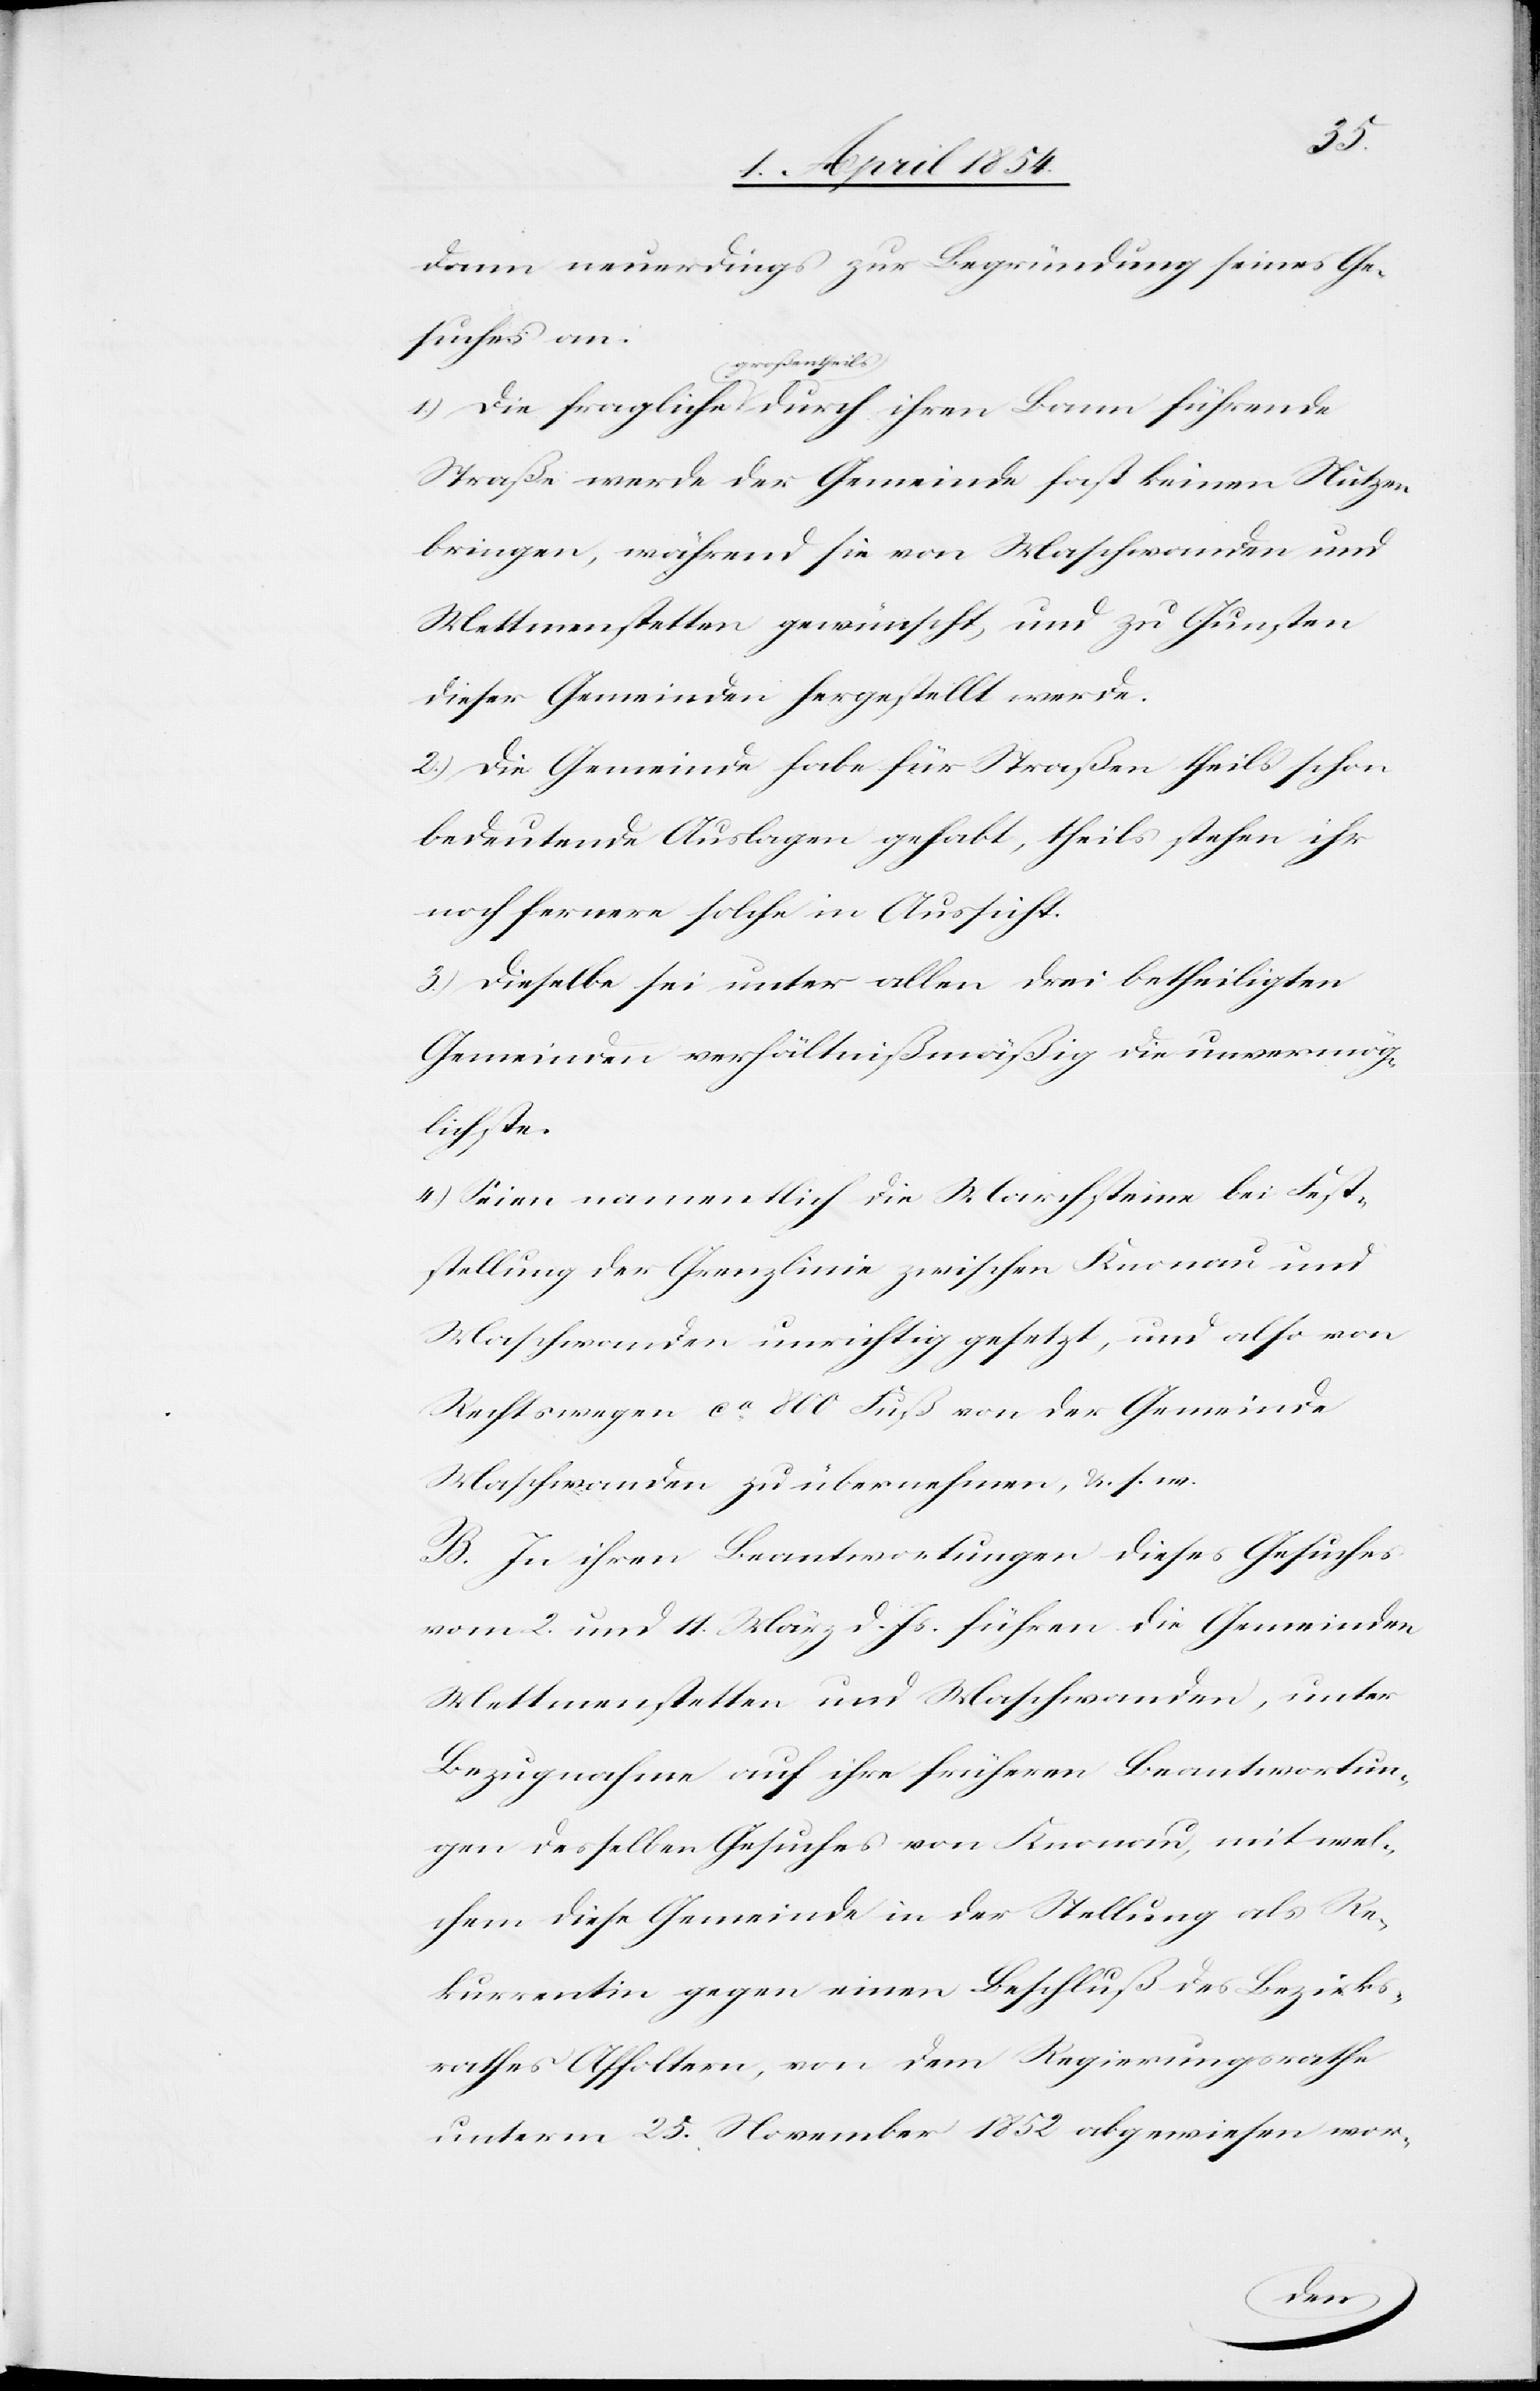
dann neuerdings zur Begründung seines Ge¬
suches an:
a-großentheils-a
Straße werde der Gemeinde fast keinen Nutzen
bringen, während sie von Maschwanden und
Mettmenstetten gewünscht, und zu Gunsten
dieser Gemeinden hergestellt werde.
2.) Die Gemeinde habe für Straßen theils schon
bedeutende Auslagen gehabt, theils stehen ihr
noch fernere solche in Aussicht.
3.) Dieselbe sei unter allen drei betheiligten
Gemeinden verhältnißmäßig die unvermög¬
lichste.
4.) Seien namentlich die Marksteine bei Fest¬
stellung der Grenzlinie zwischen Knonau und
Maschwanden unrichtig gesetzt, und also von
Rechtswegen ca 800 Fuß von der Gemeinde
Maschwanden zu übernehmen, u. s. w.
B. In ihren Beantwortungen dieses Gesuches
vom 2. und 11. März d. Js. führen die Gemeinden
Mettmenstetten und Maschwanden, unter
Bezugnahme auf ihre früheren Beantwortun¬
gen desselben Gesuches von Knonau, mit wel¬
chem diese Gemeinde in der Stellung als Re¬
kurrentin gegen einen Beschluß des Bezirks¬
rathes Affoltern, von dem Regierungsrathe
unterm 25. November 1852 abgewiesen wor-
ihren